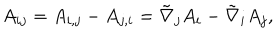
A _ { i j } = A _ { i , j } - A _ { j , i } = \tilde { \nabla } _ { j } A _ { i } - \tilde { \nabla } _ { i } A _ { j } ,